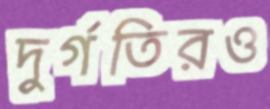
দুর্গতিরও